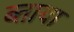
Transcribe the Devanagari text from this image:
ब्ताया